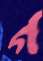
গ